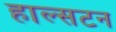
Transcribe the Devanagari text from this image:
हाल्सटन